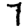
Digit: 7